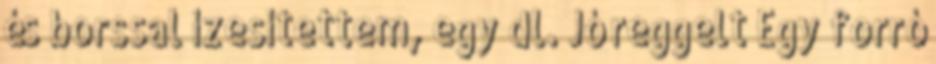
és borssal ízesítettem, egy dl. Jó reggelt Egy forró